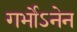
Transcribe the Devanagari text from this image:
गर्भोऽनेन